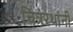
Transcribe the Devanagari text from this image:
चित्ररथांनी